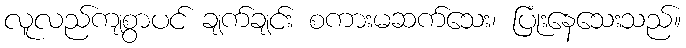
လူလည်ကျစွာပင် ချက်ချင်း စကားမဆက်သေး၊ ပြုံးနေသေးသည်။